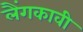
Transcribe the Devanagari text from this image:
लैंगकावी